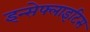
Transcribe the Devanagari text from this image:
इन्सेफ्लाइटिस